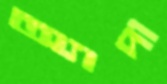
অ্যাপা